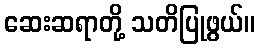
ဆေးဆရာတို့ သတိပြုဖွယ်။